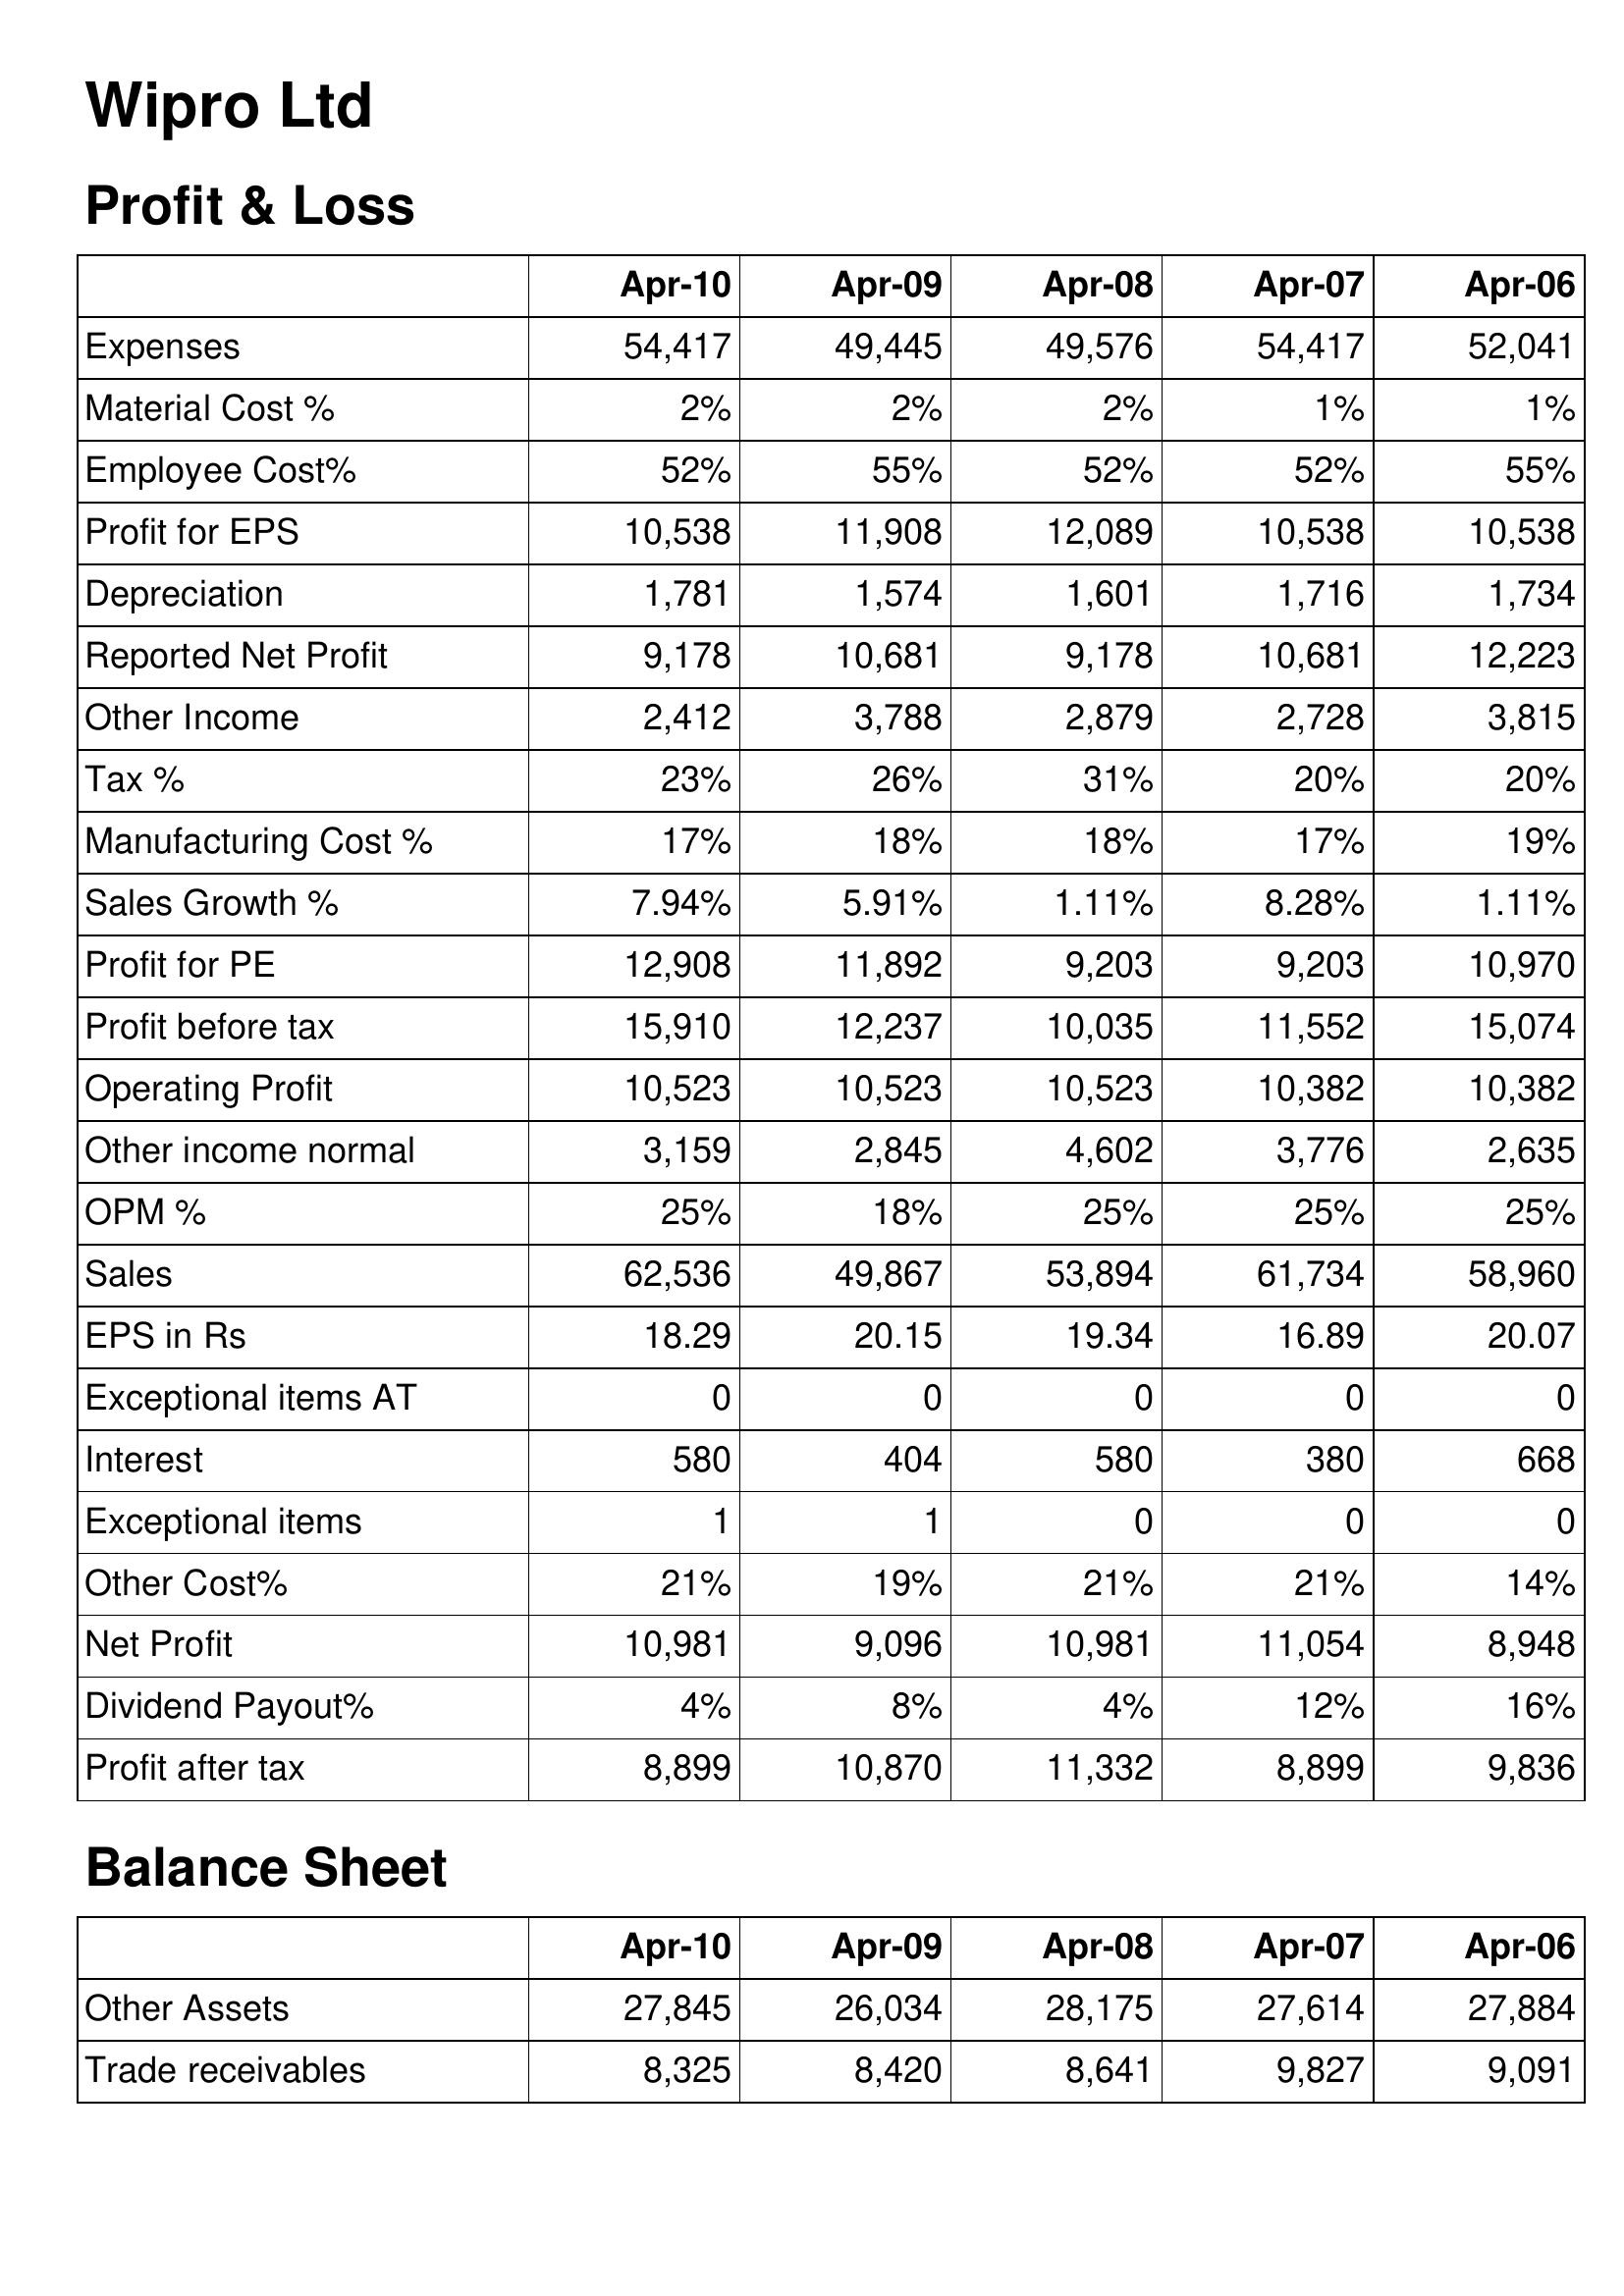
Apr-10: Profit & Loss: Expenses: 54,417
Material Cost %: 2%
Employee Cost%: 52%
Profit for EPS: 10,538
Depreciation: 1,781
Reported Net Profit: 9,178
Other Income: 2,412
Tax %: 23%
Manufacturing Cost %: 17%
Sales Growth %: 7.94%
Profit for PE: 12,908
Profit before tax: 15,910
Operating Profit: 10,523
Other income normal: 3,159
OPM %: 25%
Sales: 62,536
EPS in Rs: 18.29
Exceptional items AT: 0
Interest: 580
Exceptional items: 1
Other Cost%: 21%
Net Profit: 10,981
Dividend Payout%: 4%
Profit after tax: 8,899
Balance Sheet: Other Assets: 27,845
Trade receivables: 8,325
Apr-09: Profit & Loss: Expenses: 49,445
Material Cost %: 2%
Employee Cost%: 55%
Profit for EPS: 11,908
Depreciation: 1,574
Reported Net Profit: 10,681
Other Income: 3,788
Tax %: 26%
Manufacturing Cost %: 18%
Sales Growth %: 5.91%
Profit for PE: 11,892
Profit before tax: 12,237
Operating Profit: 10,523
Other income normal: 2,845
OPM %: 18%
Sales: 49,867
EPS in Rs: 20.15
Exceptional items AT: 0
Interest: 404
Exceptional items: 1
Other Cost%: 19%
Net Profit: 9,096
Dividend Payout%: 8%
Profit after tax: 10,870
Balance Sheet: Other Assets: 26,034
Trade receivables: 8,420
Apr-08: Profit & Loss: Expenses: 49,576
Material Cost %: 2%
Employee Cost%: 52%
Profit for EPS: 12,089
Depreciation: 1,601
Reported Net Profit: 9,178
Other Income: 2,879
Tax %: 31%
Manufacturing Cost %: 18%
Sales Growth %: 1.11%
Profit for PE: 9,203
Profit before tax: 10,035
Operating Profit: 10,523
Other income normal: 4,602
OPM %: 25%
Sales: 53,894
EPS in Rs: 19.34
Exceptional items AT: 0
Interest: 580
Exceptional items: 0
Other Cost%: 21%
Net Profit: 10,981
Dividend Payout%: 4%
Profit after tax: 11,332
Balance Sheet: Other Assets: 28,175
Trade receivables: 8,641
Apr-07: Profit & Loss: Expenses: 54,417
Material Cost %: 1%
Employee Cost%: 52%
Profit for EPS: 10,538
Depreciation: 1,716
Reported Net Profit: 10,681
Other Income: 2,728
Tax %: 20%
Manufacturing Cost %: 17%
Sales Growth %: 8.28%
Profit for PE: 9,203
Profit before tax: 11,552
Operating Profit: 10,382
Other income normal: 3,776
OPM %: 25%
Sales: 61,734
EPS in Rs: 16.89
Exceptional items AT: 0
Interest: 380
Exceptional items: 0
Other Cost%: 21%
Net Profit: 11,054
Dividend Payout%: 12%
Profit after tax: 8,899
Balance Sheet: Other Assets: 27,614
Trade receivables: 9,827
Apr-06: Profit & Loss: Expenses: 52,041
Material Cost %: 1%
Employee Cost%: 55%
Profit for EPS: 10,538
Depreciation: 1,734
Reported Net Profit: 12,223
Other Income: 3,815
Tax %: 20%
Manufacturing Cost %: 19%
Sales Growth %: 1.11%
Profit for PE: 10,970
Profit before tax: 15,074
Operating Profit: 10,382
Other income normal: 2,635
OPM %: 25%
Sales: 58,960
EPS in Rs: 20.07
Exceptional items AT: 0
Interest: 668
Exceptional items: 0
Other Cost%: 14%
Net Profit: 8,948
Dividend Payout%: 16%
Profit after tax: 9,836
Balance Sheet: Other Assets: 27,884
Trade receivables: 9,091